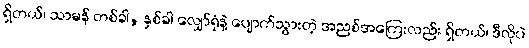
ရှိတယ်၊ သာမန် တစ်ခါ, နှစ်ခါ လျှော်ရုံနဲ့ ပျောက်သွားတဲ့ အညစ်အကြေးလည်း ရှိတယ်၊ ဒီလိုပဲ